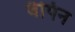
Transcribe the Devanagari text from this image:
वैपिन